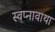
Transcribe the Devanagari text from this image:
स्वप्नावाथा